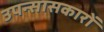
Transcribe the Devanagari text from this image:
उपन्सासकारों